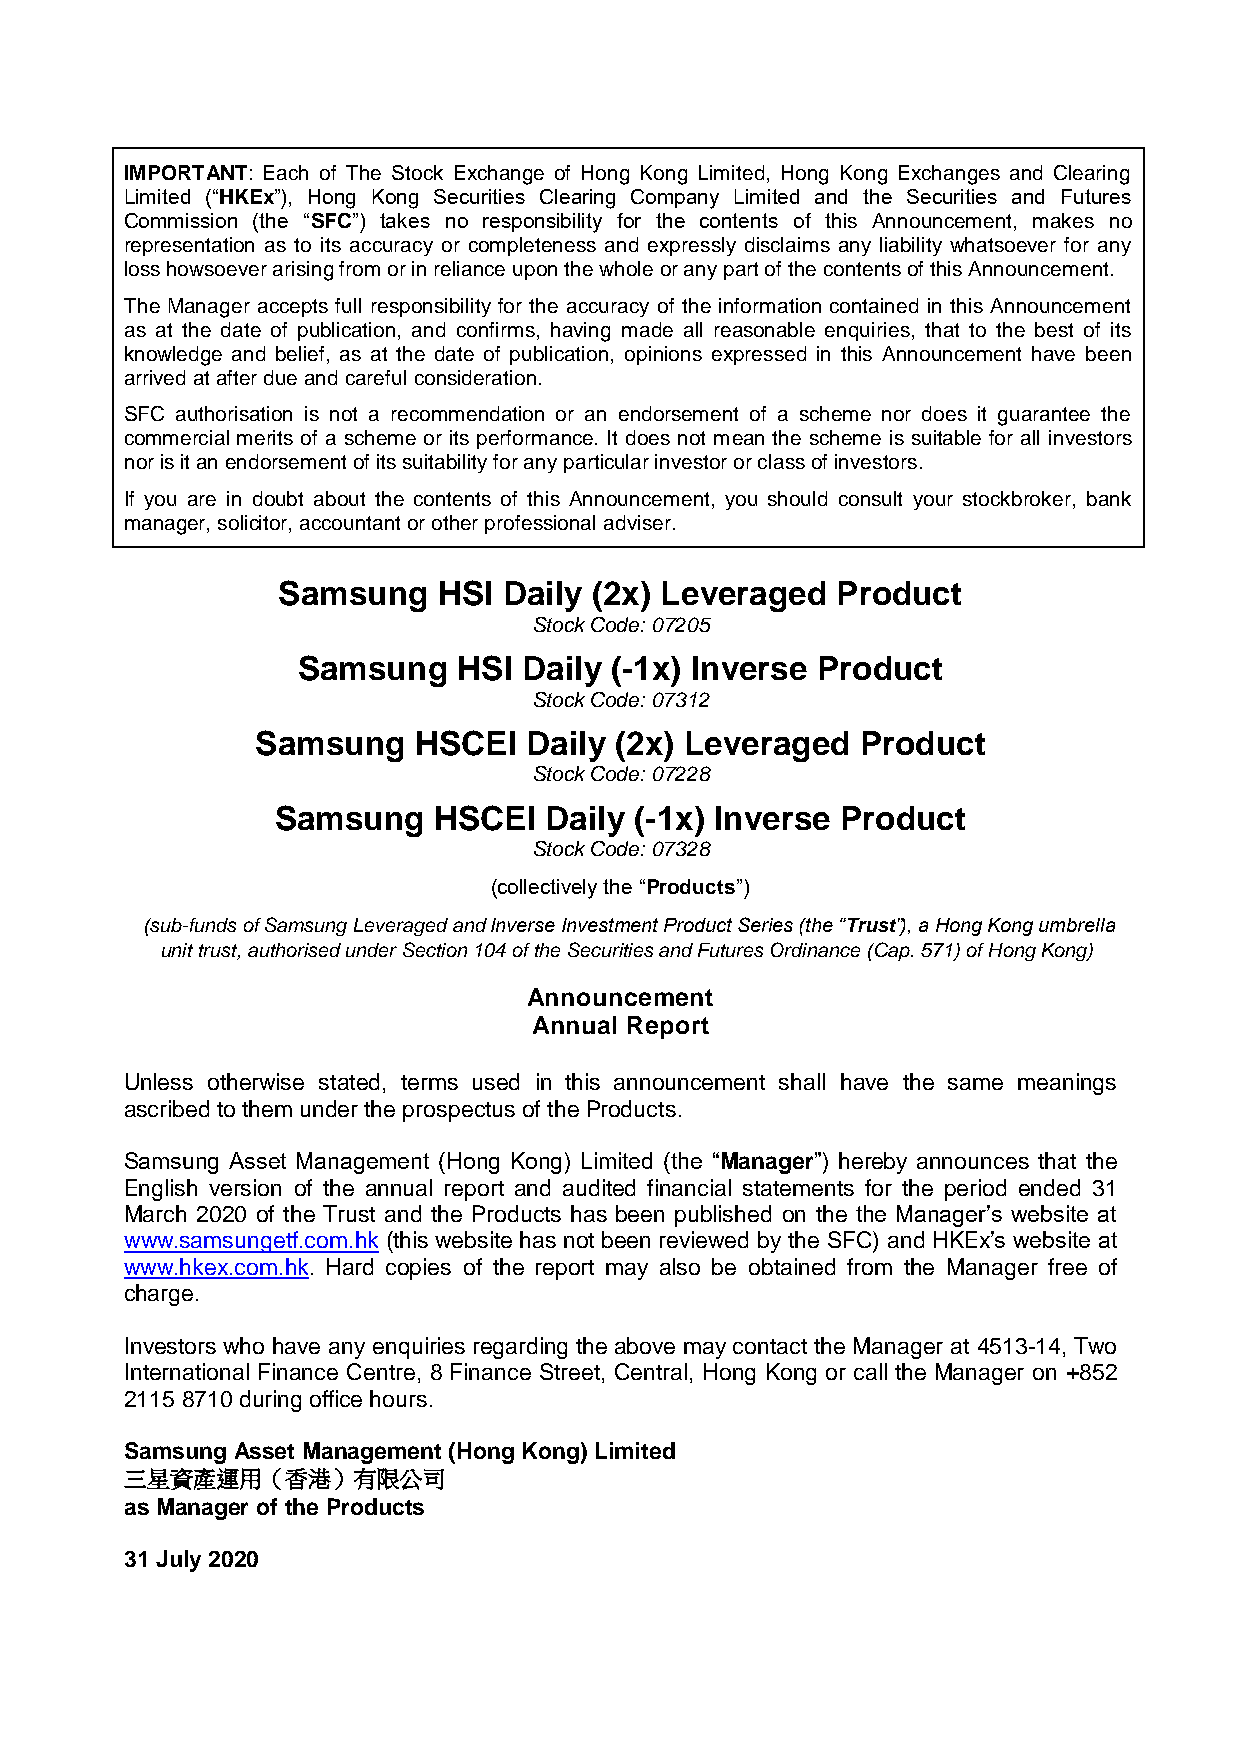
IMPORTANT: Each of The Stock Exchange of Hong Kong Limited, Hong Kong Exchanges and Clearing
 Limited (“HKEx”), Hong Kong Securities Clearing Company Limited and the Securities and Futures
 Commission (the “SFC”) takes no responsibility for the contents of this Announcement, makes no
 representation as to its accuracy or completeness and expressly disclaims any liability whatsoever for any
 loss howsoever arising from or in reliance upon the whole or any part of the contents of this Announcement.
 The Manager accepts full responsibility for the accuracy of the information contained in this Announcement
 as at the date of publication, and confirms, having made all reasonable enquiries, that to the best of its
 knowledge and belief, as at the date of publication, opinions expressed in this Announcement have been
 arrived at after due and careful consideration.
 SFC authorisation is not a recommendation or an endorsement of a scheme nor does it guarantee the
 commercial merits of a scheme or its performance. It does not mean the scheme is suitable for all investors
 nor is it an endorsement of its suitability for any particular investor or class of investors.
 If you are in doubt about the contents of this Announcement, you should consult your stockbroker, bank
 manager, solicitor, accountant or other professional adviser.
 Samsung    HSI Daily (2x) Leveraged  Product
 Stock Code: 07205
 Samsung   HSI  Daily (-1x) Inverse Product
 Stock Code: 07312
 Samsung   HSCEI   Daily (2x) Leveraged  Product
 Stock Code: 07228
 Samsung    HSCEI  Daily (-1x) Inverse Product
 Stock Code: 07328
 (collectively the “Products”)
 (sub-funds of Samsung Leveraged and Inverse Investment Product Series (the “Trust”), a Hong Kong umbrella
 unit trust, authorised under Section 104 of the Securities and Futures Ordinance (Cap. 571) of Hong Kong)
 Announcement
 Annual Report
 Unless otherwise stated, terms used in this announcement shall have the same meanings
 ascribed to them under the prospectus of the Products.
 Samsung Asset Management (Hong Kong) Limited (the “Manager”) hereby announces that the
 English version of the annual report and audited financial statements for the period ended 31
 March 2020 of the Trust and the Products has been published on the the Manager’s website at
 www.samsungetf.com.hk (this website has not been reviewed by the SFC) and HKEx’s website at
 www.hkex.com.hk. Hard copies of the report may also be obtained from the Manager free of
 charge.
 Investors who have any enquiries regarding the above may contact the Manager at 4513-14, Two
 International Finance Centre, 8 Finance Street, Central, Hong Kong or call the Manager on +852
 2115 8710 during office hours.
 Samsung Asset Management (Hong Kong) Limited
 三星資產運用（香港）有限公司
 as Manager of the Products
 31 July 2020